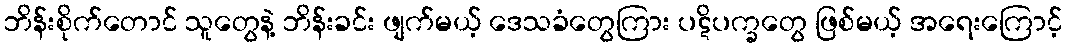
ဘိန်းစိုက်တောင် သူတွေနဲ့ ဘိန်းခင်း ဖျက်မယ့် ဒေသခံတွေကြား ပဋိပက္ခတွေ ဖြစ်မယ့် အရေးကြောင့်